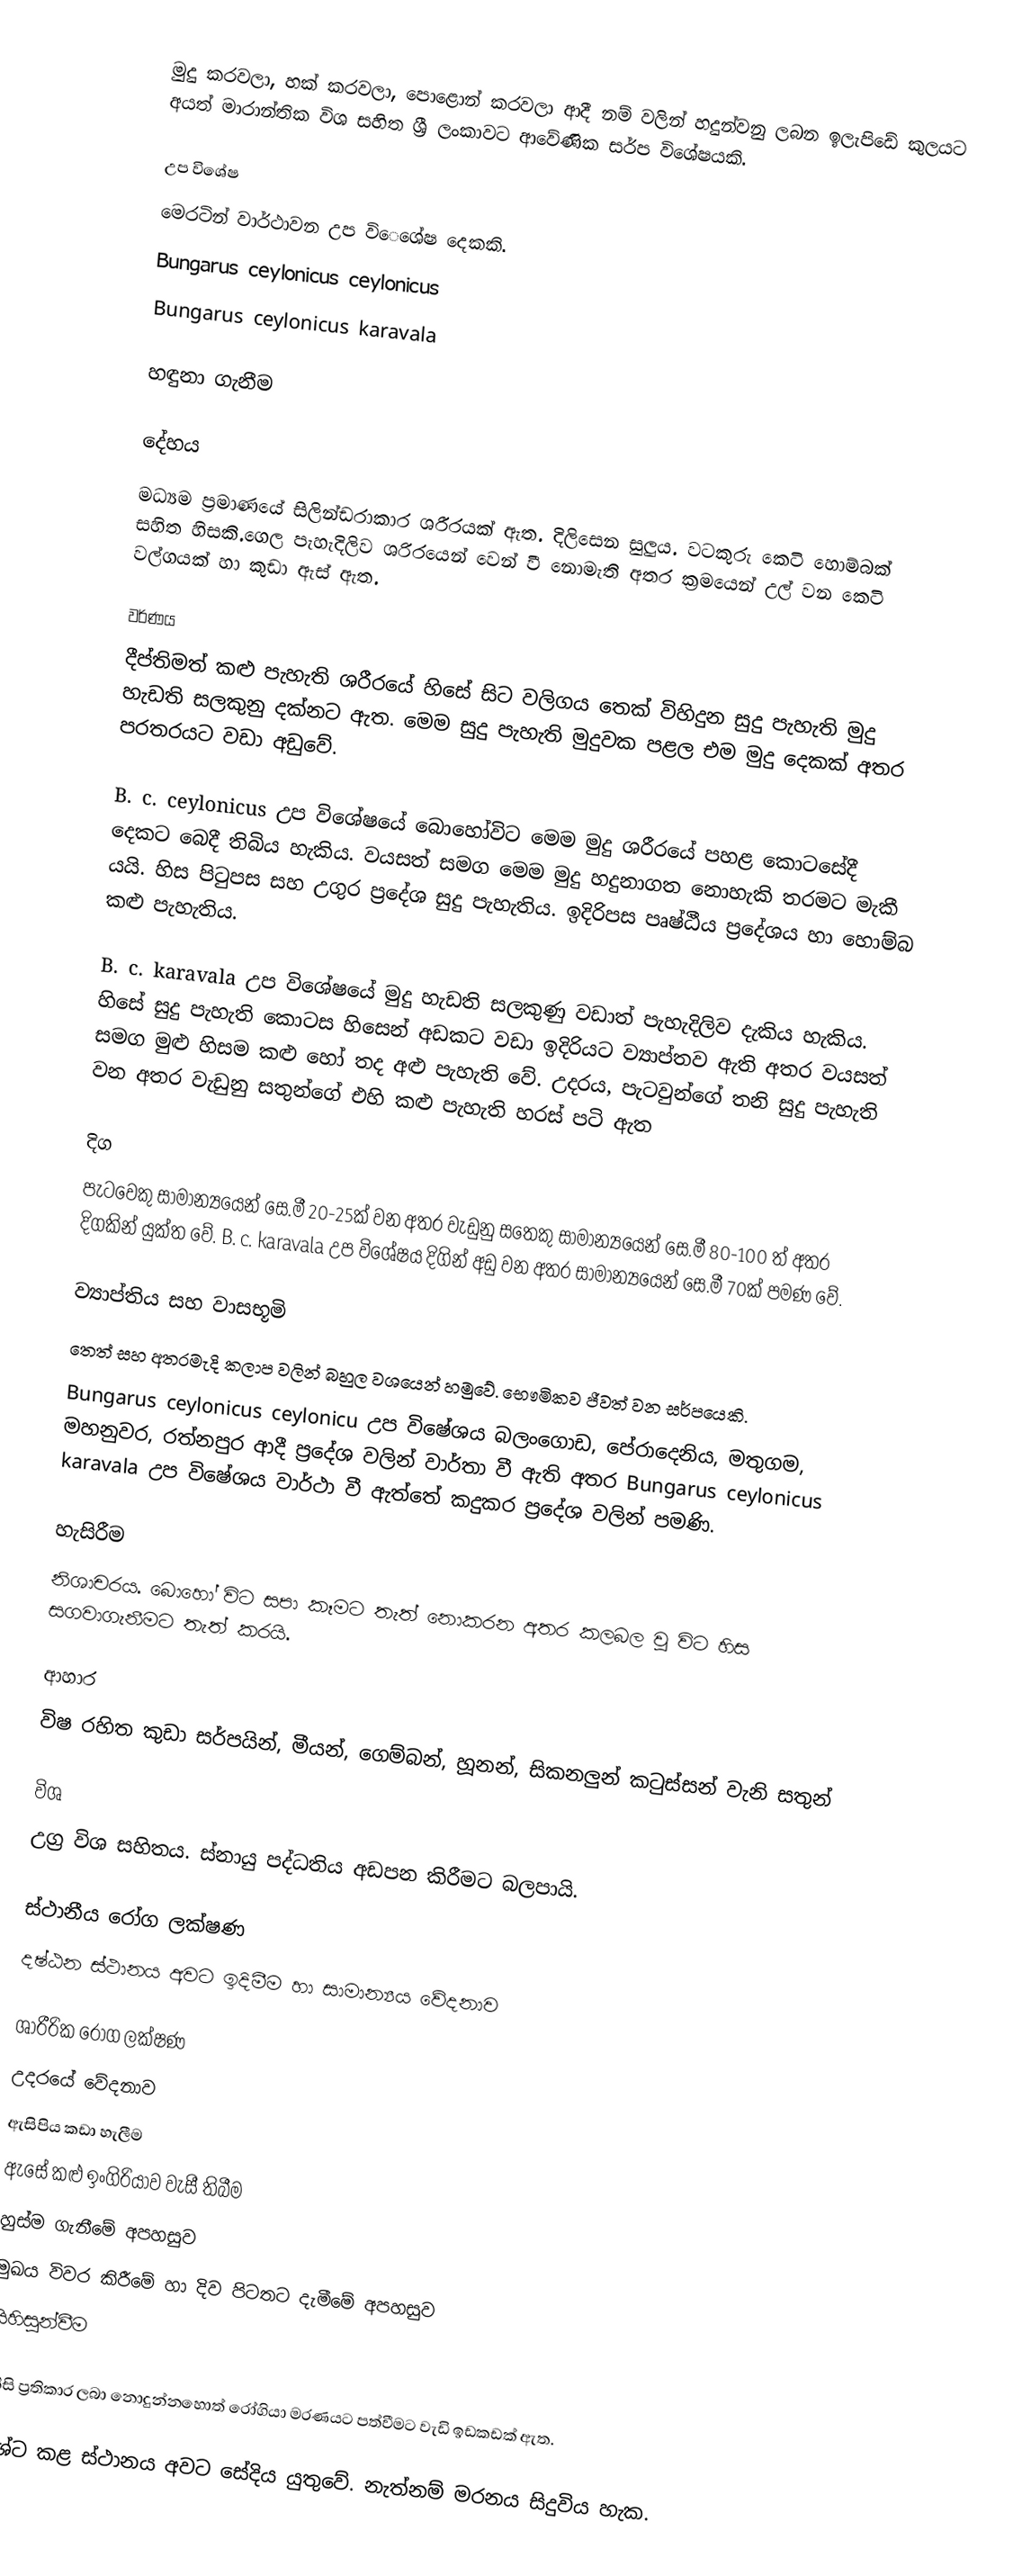
මුදු කරවලා, හක් කරවලා, පොළොන් කරවලා ආදී නම් වලින් හදුන්වනු ලබන ඉලැපිඩේ කුලයට අයත් මාරාන්තික විශ සහිත ශ්‍රී ලංකාවට ආවේණික සර්ප විශේෂයකි.

උප විශේෂ
මෙරටින් වාර්ථාවන උප විෙශේෂ දෙකකි.
Bungarus ceylonicus ceylonicus
Bungarus ceylonicus karavala

හඳුනා ගැනීම

දේහය
මධ්‍යම ප්‍රමාණයේ සිලින්ඩරාකාර ශරීරයක් ඇත. දිලිසෙන සුලුය. වටකුරු කෙටි හොම්බක් සහිත හිසකි.ගෙල පැහැදිලිව ශරිරයෙන් වෙන් වී නොමැති අතර ක්‍රමයෙන් උල් වන කෙටි වල්ගයක් හා කුඩා ඇස් ඇත.

වර්ණය
දීප්තිමත් කළු පැහැති ශරීරයේ හිසේ සිට වලිගය තෙක් විහිදුන සුදු පැහැති මුදු හැඩති සලකුනු දක්නට ඇත. මෙම සුදු පැහැති මුදුවක පළල එම මුදු දෙකක් අතර පරතරයට වඩා අඩුවේ.

B. c. ceylonicus උප විශේෂයේ බොහෝවිට මෙම මුදු ශරීරයේ පහළ කොටසේදී දෙකට බෙදී තිබිය හැකිය. වයසත් සමග මෙම මුදු හදුනාගත නොහැකි තරමට මැකී යයි. හිස පිටුපස සහ උගුර ප්‍රදේශ සුදු පැහැතිය. ඉදිරිපස පෘෂ්ඨීය ප්‍රදේශය හා හොම්බ කළු පැහැතිය.

B. c. karavala උප විශේෂයේ මුදු හැඩති සලකුණු වඩාත් පැහැදිලිව දැකිය හැකිය. හිසේ සුදු පැහැති කොටස හිසෙන් අඩකට වඩා ඉදිරියට ව්‍යාප්තව ඇති අතර වයසත් සමග මුළු හිසම කළු හෝ තද අළු පැහැති වේ. උදරය, පැටවුන්ගේ තනි සුදු පැහැති වන අතර වැඩුනු සතුන්ගේ එහි කළු පැහැති හරස් පටි ඇත

දිග
පැටවෙකු සාමාන්‍යයෙන් සෙ.මී 20-25ක් වන අතර වැඩුනු සතෙකු සාමාන්‍යයෙන් සෙ.මී 80-100 ත් අතර දිගකින් යුක්ත වේ. B. c. karavala උප විශේෂය දිගින් අඩු වන අතර සාමාන්‍යයෙන් සෙ.මී 70ක් පමණ වේ.

ව්‍යාප්තිය සහ වාසභූමි
තෙත් සහ අතරමැදි කලාප වලින් බහුල වශයෙන් හමුවේ. භෞමිකව ජීවත් වන සර්පයෙකි.
Bungarus ceylonicus ceylonicu උප විෂේශය බලංගොඩ, පේරාදෙනිය, මතුගම, මහනුවර, රත්නපුර ආදී ප්‍රදේශ වලින් වාර්තා වී ඇති අතර Bungarus ceylonicus karavala උප විෂේශය වාර්ථා වී ඇත්තේ කදුකර ප්‍රදේශ වලින් පමණි.

හැසිරීම
නිශාචරය. බොහෝ විට සපා කෑමට තැත් නොකරන අතර කලබල වූ විට හිස සගවාගැනීමට තැත් කරයි.

ආහාර
විෂ රහිත කුඩා සර්පයින්, මීයන්, ගෙම්බන්, හූනන්, සිකනලුන් කටුස්සන් වැනි සතුන්

විශ
උග්‍ර විශ සහිතය. ස්නායු පද්ධතිය අඩපන කිරීමට බලපායි.

ස්ථානීය රෝග ලක්ෂණ
දෂ්ඨන ස්ථානය අවට ඉදිමීම හා සාමාන්‍යය වේදනාව

ශාරීරික රෝග ලක්ෂණ
උදරයේ වේදනාව
ඇසිපිය කඩා හැලීම
ඇසේ කළු ඉංගිරියාව වැසී තිබීම
හුස්ම ගැනීමේ අපහසුව
මුඛය විවර කිරීමේ හා දිව පිටතට දැමීමේ අපහසුව
සිහිසුන්වීම

නිසි ප්‍රතිකාර ලබා නොදුන්නහොත් රෝගියා මරණයට පත්වීමට වැඩි ඉඩකඩක් ඇත.

දශ්ට කළ ස්ථානය අවට සේදිය යුතුවේ. නැත්නම් මරනය සිදුවිය හැක.